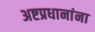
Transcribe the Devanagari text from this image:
अष्टप्रधानांना